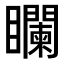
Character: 𥌻